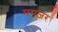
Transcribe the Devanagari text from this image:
ममज़र